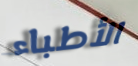
الأطباء